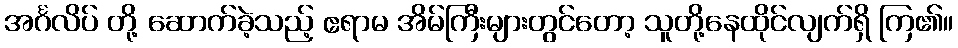
အင်္ဂလိပ် တို့ ဆောက်ခဲ့သည့် ဧရာမ အိမ်ကြီးများတွင်တော့ သူတို့နေထိုင်လျက်ရှိ ကြ၏။